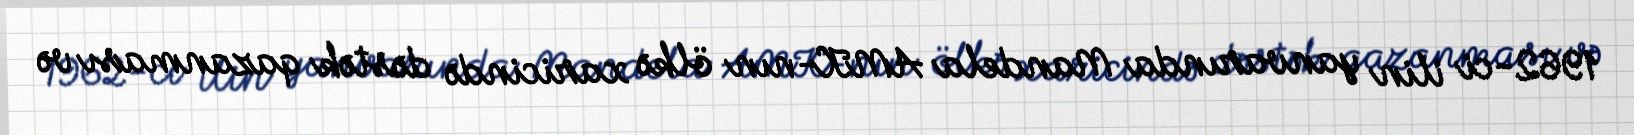
1962-ci ilin yanvarında Mandela AMK-nın ölkə xaricində dəstək qazanması və